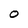
Character: O